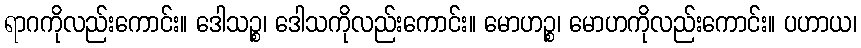
ရာဂကိုလည်းကောင်း။ ဒေါသဉ္စ၊ ဒေါသကိုလည်းကောင်း။ မောဟဉ္စ၊ မောဟကိုလည်းကောင်း။ ပဟာယ၊